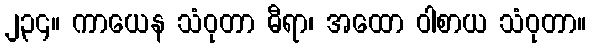
၂၃၄။ ကာယေန သံဝုတာ ဓီရာ၊ အထော ဝါစာယ သံဝုတာ။